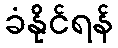
ခံနိုင်ရန်